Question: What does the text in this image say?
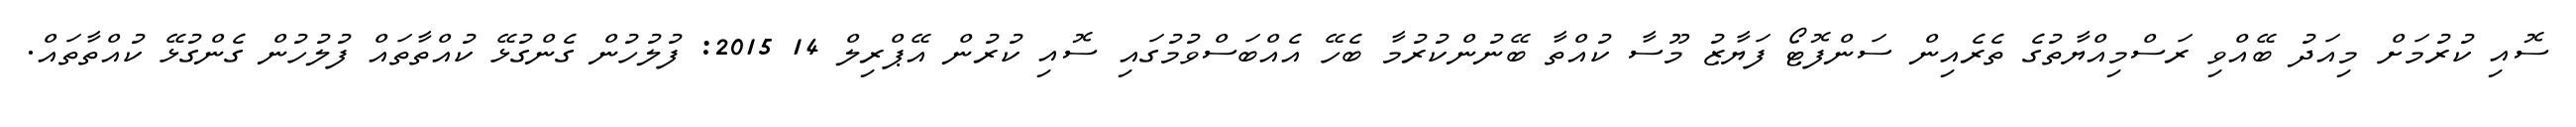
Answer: ސޮއި ކުރުމަށް މިއަދު ބޭއްވި ރަސްމިއްޔާތުގެ ތެރެއިން ސަންފޮޓޯ ފަޔާޒު މޫސާ ކުއްތާ ބޭނުންކުރުމާ ބެހޭ އެއްބަސްވުމުގައި ސޮއި ކުރުން އޭޕްރިލް 14 2015: ފުލުހުން ގެންގުޅޭ ކުއްތާތައް ފުލުހުން ގެންގުޅޭ ކުއްތާތައް.